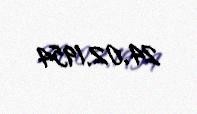
24.02.1954